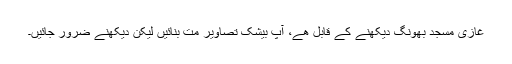
غازی مسجد بھونگ دیکھنے کے قابل ھے، آپ بیشک تصاویر مت بنائیں لیکن دیکھنے ضرور جائیں۔